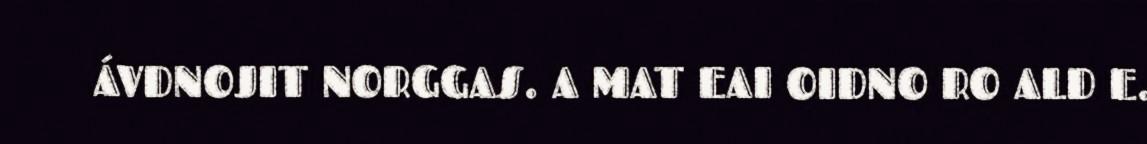
ÁVDNOJIT NORGGAS. A MAT EAI OIDNO RO ALD E.